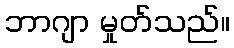
ဘာဂျာ မှုတ်သည်။